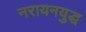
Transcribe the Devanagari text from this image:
नरायनयुद्ध